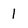
Character: 1